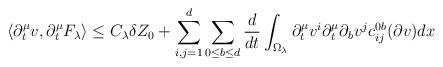
LaTeX: \begin{align*}\langle \partial_t^{\mu} v, \partial_t^\mu F_\lambda \rangle \leq C_\lambda \delta Z_0 + \sum_{i,j=1}^d \sum_{0 \leq b \leq d} \frac{d}{dt} \int_{\Omega_\lambda} \partial_t^\mu v^i \partial_t^\mu \partial_b v^j c^{0b}_{ij} (\partial v) dx\end{align*}